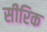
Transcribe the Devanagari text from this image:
सीरिक